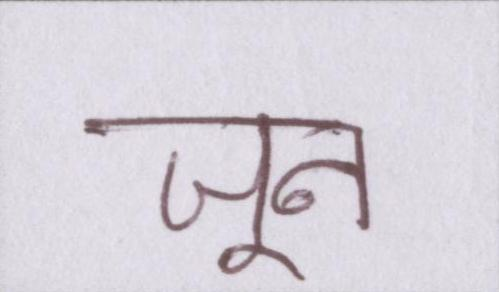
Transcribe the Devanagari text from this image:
जून